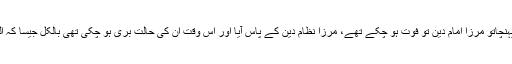
جب نوٹس پہنچاتو مرزا امام دین تو فوت ہو چکے تھے، مرزا نظام دین کے پاس آیا اور اس وقت ان کی حالت بری ہو چکی تھی بالکل جیسا کہ الہام میں تھا۔